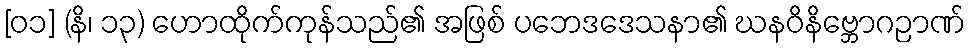
[၀၁] (နိ၊ ၁၃) ဟောထိုက်ကုန်သည်၏ အဖြစ် ပဘေဒဒေသနာ၏ ဃနဝိနိဗ္ဘောဂဉာဏ်